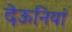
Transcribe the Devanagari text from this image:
देऊनियां